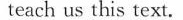
teach us this text.